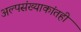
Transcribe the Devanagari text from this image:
अल्पसंख्याकांतही